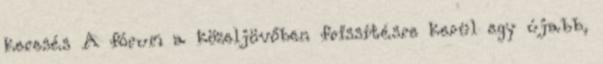
keresés A fórum a közeljövőben frissítésre kerül egy újabb,